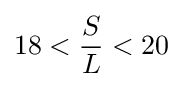
18<{\frac {S}{L}}<20